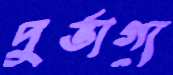
দুর্ভাগ্য